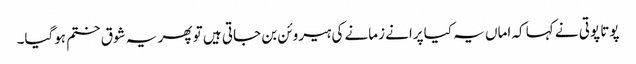
پوتا پوتی نے کہا کہ اماں یہ کیا پرانے زمانے کی ہیروئن بن جاتی ہیں تو پھر یہ شوق ختم ہوگیا۔